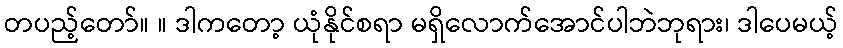
တပည့်တော်။ ။ ဒါကတော့ ယုံနိုင်စရာ မရှိလောက်အောင်ပါဘဲဘုရား၊ ဒါပေမယ့်